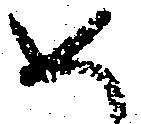
め